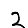
Digit: 2